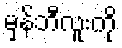
မှန်ဘီလူးကို